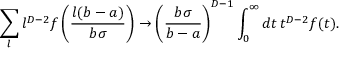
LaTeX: \sum _ { l } l ^ { D - 2 } f \left( \frac { l ( b - a ) } { b \sigma } \right) \to \left( \frac { b \sigma } { b - a } \right) ^ { D - 1 } \int _ { 0 } ^ { \infty } d t \, t ^ { D - 2 } f ( t ) .